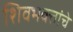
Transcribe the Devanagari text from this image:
शिवभक्तांचे